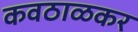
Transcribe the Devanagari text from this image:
कवठाळकर